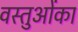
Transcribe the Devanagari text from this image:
वस्तुओंका